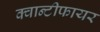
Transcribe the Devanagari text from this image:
क्वान्टीफायर